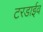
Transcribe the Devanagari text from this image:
टरडाईव